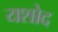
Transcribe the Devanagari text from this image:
यशोद